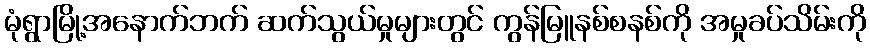
မုံရွာမြို့အနောက်ဘက် ဆက်သွယ်မှုများတွင် ကွန်မြူနစ်စနစ်ကို အမှုခပ်သိမ်းကို